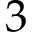
3